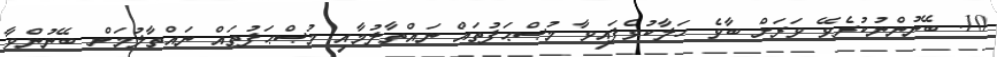
10. ބޭނުންނުކުރެވޭ ވަރަށް ބާވެ ހަލާކުވެފައިވާ މުޞްޙަފުތައް ނައްތާލުމާއި މުޞްޙަފުތައް ނައްތާލުމަށް ބޭނުންވާ